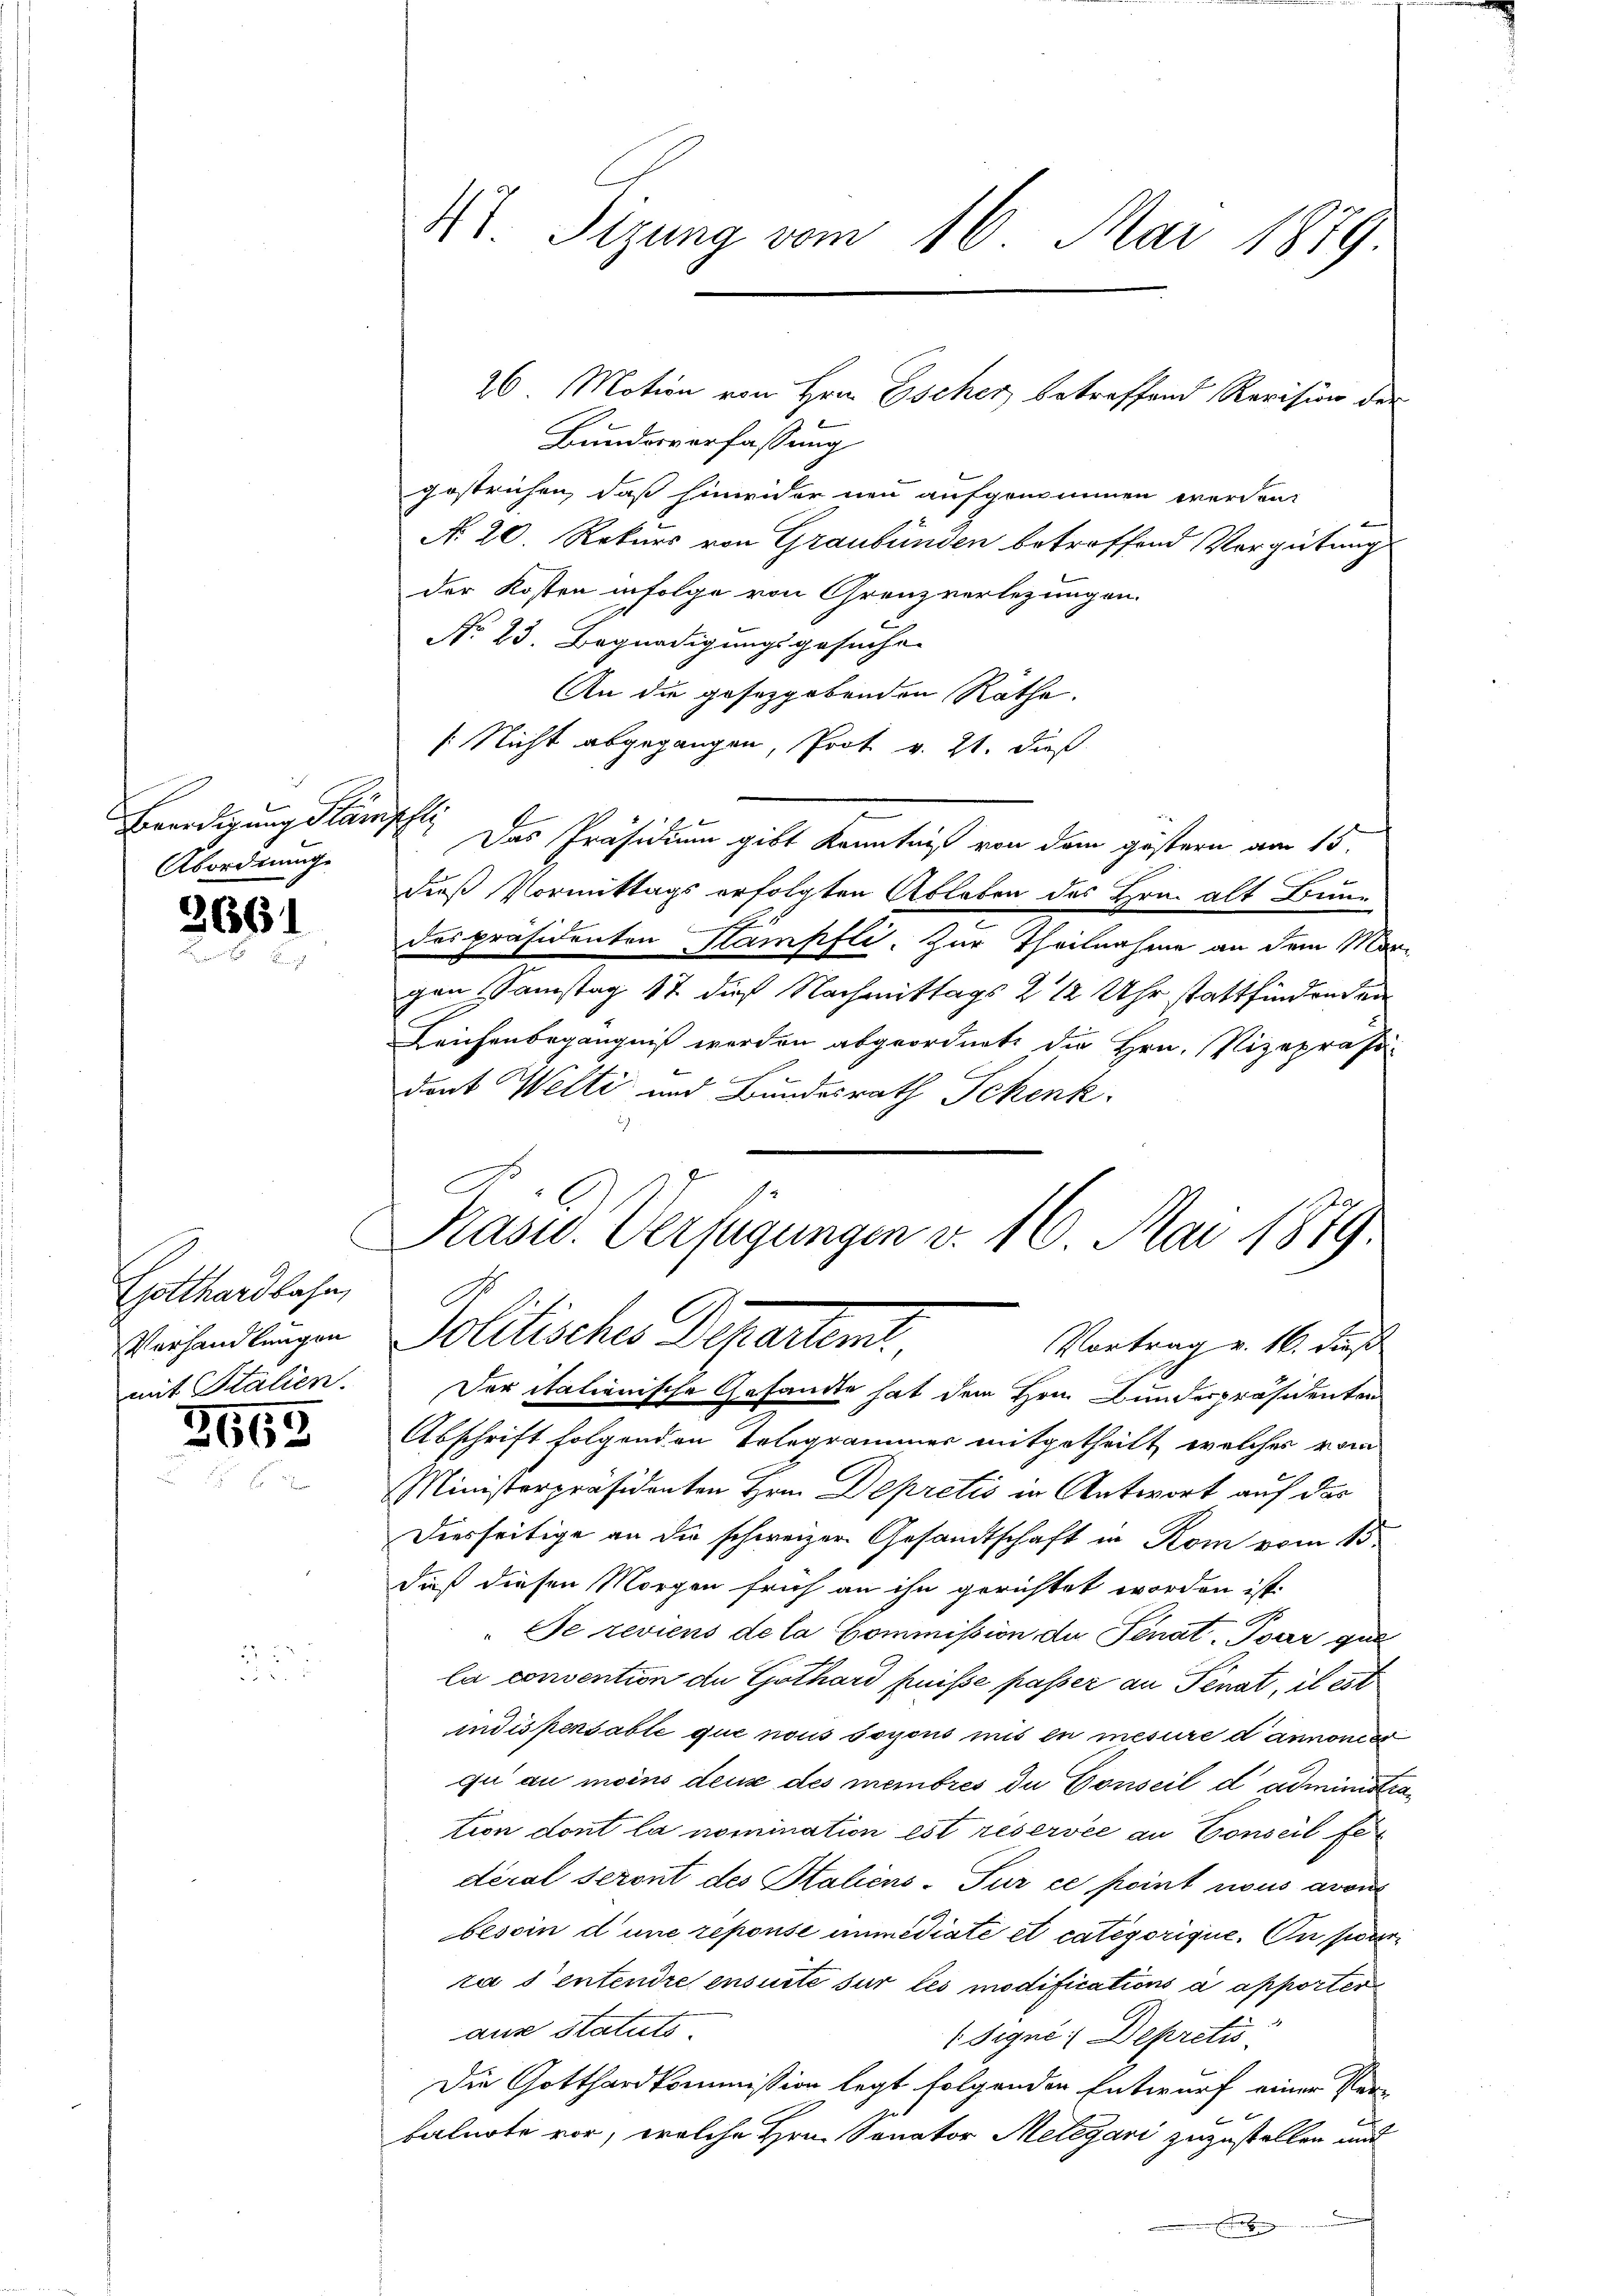
Beerdigung Klampfe
Abordnung.

2661

Gotthardbahn,
Verhandlungen
mit Sitalien.

3665

4 Sizung vom 16. Mai 1879

Bundesverfassung
gestrichen, daß hinwider neu aufgerinnen werden.
No 20. Rekurs von Graubünden betreffend Vergütung
der Kosten infolge von Grenzverlegungen.
No 23. Begnadigungsgesuche
An die gesetzgebenden Rathe.
[Nicht abgegangen, Prot v. 21. dieß
Das Präsidium gibt Kenntniß von dem gestern am 15.
diß Vormittags erfolgten Ableben des Hrn. alt Bundes Präsidenten Kampfli. Zur Theilnahme an dem Morgen Samstag 17 dieß Nachmittags 2 12 Uhr stattfindenden
Leichenbegängniß werden abgeordnete die Hrn. Vizepräsi-
1
dent Welti und Bundesrath Schenk
C
Rasu. Verfügungen v. 16. Mai 1879

Der itationische Gesandte hat dem Hrn. Bunderpräsidenten
Abschrift folgenden Telegrammer mitgetheilt, welcher vom
Ministerpräsidenten Hrn. Depretis in Antwort auf das
Diesseitige an die schweizer Gesandtschaft in Rom vom 13.
daß diesen Morgen früh an ihn gerichtet worden ist.
Se reviens de la Commission de Senat, Tour gut
la consention de Gothard puisse passer an Senat, il est
indispensable que nous soyons mit in mesure dannonces
qu au moins deux des membres du Conseil d’administration dont la nomination est réservée an Conseil federal seront des Staliens-Tur ce point nous avoi
besoin d’une reponse immediate et categorigie. In se
ra sentendre ensuite sur les modifications a apporter
aus statuts.
(Signe; Depretis
Die Gotthardkommission legt folgenden Entwurf einer Ver-
e
kalnote vor, welche Hrn. Sanator Melegari zuzustellen mit
mnes

26. Motion von Hrn. Escher betreffend Revision der

B
Solitischer Departen
Vortrag u. 16. dieß